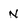
Character: N